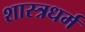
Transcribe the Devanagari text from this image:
शास्त्रधर्म